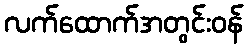
လက်ထောက်အတွင်းဝန်